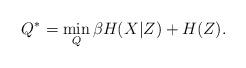
LaTeX: \begin{align*}Q^*=\min_{Q} \beta H (X|Z) + H(Z).\end{align*}